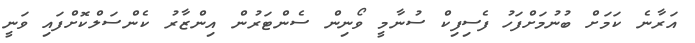
އަރާނެ ކަމަށް ބުނުމަށްފަހު ފެސިފިކް ސުނާމީ ވޯނިން ސެންޓަރުން އިންޒާރު ކެންސަލްކޮށްފައި ވަނީ